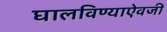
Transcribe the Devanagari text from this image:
घालविण्याऐवजी